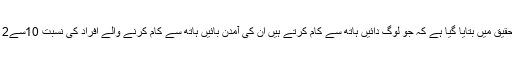
حال ہی میں کی گئی تحقیق میں بتایا گیا ہے کہ جو لوگ دائیں ہاتھ سے کام کرتے ہیں ان کی آمدن بائیں ہاتھ سے کام کرنے والے افراد کی نسبت 10سے12فیصد زیادہ ہوتی ہے۔